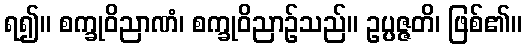
ရ၍။ စက္ခုဝိညာဏံ၊ စက္ခုဝိညာဉ်သည်။ ဥပ္ပဇ္ဇတိ၊ ဖြစ်၏။